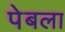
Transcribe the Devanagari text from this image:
पेबला